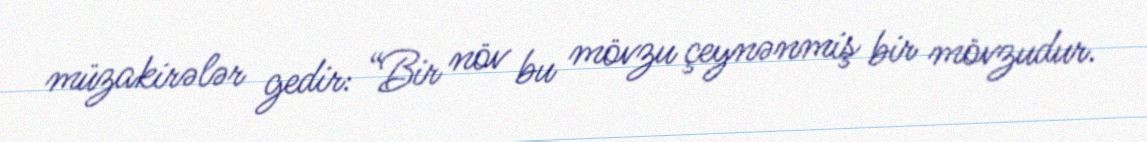
müzakirələr gedir: “Bir növ bu mövzu çeynənmiş bir mövzudur.